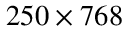
2 5 0 \times 7 6 8